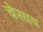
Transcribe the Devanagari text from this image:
चेसाव